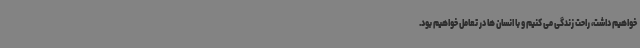
خواهیم داشت، راحت زندگی می کنیم و با انسان ها در تعامل خواهیم بود.